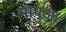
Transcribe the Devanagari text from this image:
मापुआ